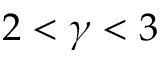
2 < \gamma < 3